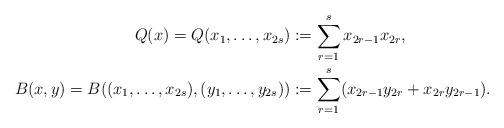
LaTeX: \begin{align*}Q(x)=Q(x_1,\dotsc,x_{2s})&:=\sum_{r=1}^s x_{2r-1}x_{2r},\\B(x,y)=B((x_1,\dotsc,x_{2s}),(y_1,\dotsc,y_{2s}))&:=\sum_{r=1}^s (x_{2r-1}y_{2r}+x_{2r}y_{2r-1}).\end{align*}